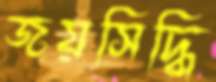
জয়সিদ্ধি